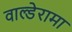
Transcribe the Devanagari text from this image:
वाल्डेरामा